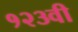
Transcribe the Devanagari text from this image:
१२३वी